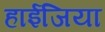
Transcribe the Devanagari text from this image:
हाईजिया